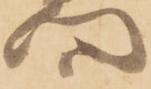
向